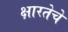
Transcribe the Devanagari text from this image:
क्षारतेचे